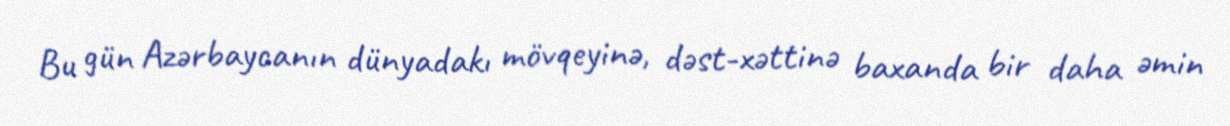
Bu gün Azərbaycanın dünyadakı mövqeyinə, dəst-xəttinə baxanda bir daha əmin